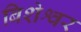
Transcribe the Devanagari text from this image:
बिशेश्वर